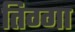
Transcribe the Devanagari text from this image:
तिग्गा